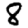
Digit: 8